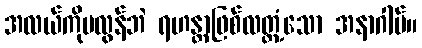
အလယ်ကိုမလွန်ဘဲ ရဟန္တာဖြစ်လတ္တံ့သော အနာဂါမ်။